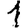
Digit: 1